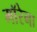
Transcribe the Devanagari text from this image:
माॅरेना